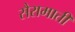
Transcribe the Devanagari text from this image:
सैरामाती